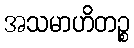
အသမာဟိတဉ္စ